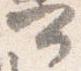
可